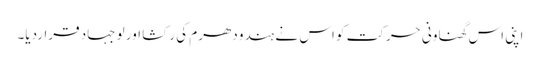
اپنی اس گھناونی حرکت کو اس نے ہندو دھرم کی رکشا اور لو جہاد قراردیا۔